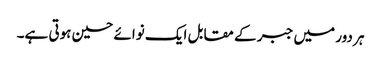
ہر دور میں جبر کے مقابل ایک نوائے حسین ہوتی ہے۔